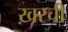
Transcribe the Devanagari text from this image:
ख़रची